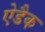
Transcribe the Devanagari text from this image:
ऐडैक